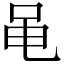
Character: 黾